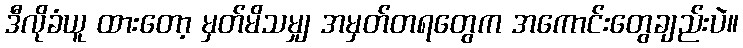
ဒီလိုခံယူ ထားတော့ မှတ်မိသမျှ အမှတ်တရတွေက အကောင်းတွေချည်းပဲ။